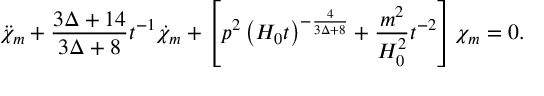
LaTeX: \ddot { \chi } _ { m } + \frac { 3 \Delta + 1 4 } { 3 \Delta + 8 } t ^ { - 1 } \dot { \chi } _ { m } + \left[ p ^ { 2 } \left( H _ { 0 } t \right) ^ { - \frac { 4 } { 3 \Delta + 8 } } + \frac { m ^ { 2 } } { H _ { 0 } ^ { 2 } } t ^ { - 2 } \right] \chi _ { m } = 0 .